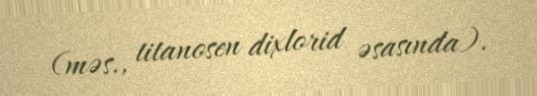
(məs., titanosen dixlorid əsasında).